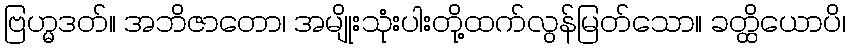
ဗြဟ္မဒတ်။ အဘိဇာတော၊ အမျိုးသုံးပါးတို့ထက်လွန်မြတ်သော။ ခတ္ထိယောပိ၊